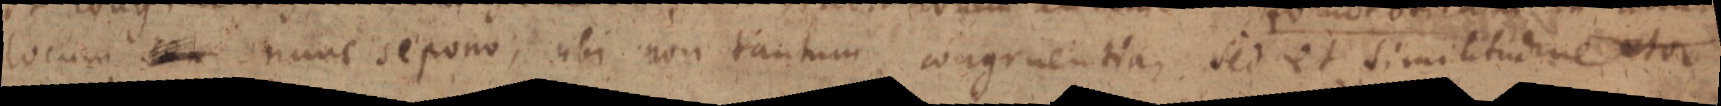
locum seu nunc sepono, ubi non tantum congruentia, sed et similitudine etor